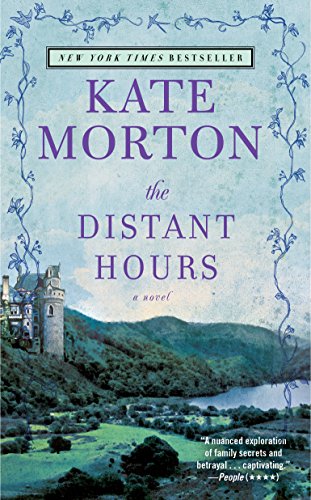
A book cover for The Distant Hours; Kate Morton; Literature & Fiction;